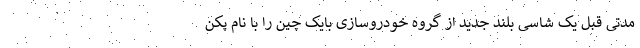
مدتی قبل یک شاسی بلند جدید از گروه خودروسازی بایک چین را با نام پکن